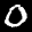
Label: 0